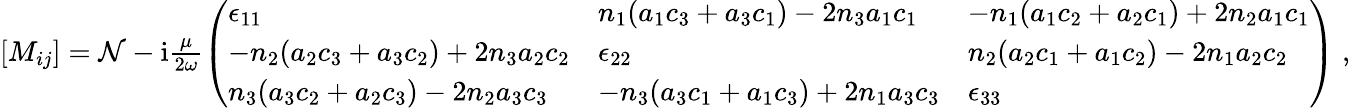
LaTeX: \begin{array}{r}{[M_{ij}]=\mathcal{N}-\mathrm{i}\frac{\mu}{2\omega}\left(\begin{array}{lll}{\epsilon_{11}}&{n_{1}(a_{1}c_{3}+a_{3}c_{1})-2n_{3}a_{1}c_{1}}&{-n_{1}(a_{1}c_{2}+a_{2}c_{1})+2n_{2}a_{1}c_{1}}\\ {-n_{2}(a_{2}c_{3}+a_{3}c_{2})+2n_{3}a_{2}c_{2}}&{\epsilon_{22}}&{n_{2}(a_{2}c_{1}+a_{1}c_{2})-2n_{1}a_{2}c_{2}}\\ {n_{3}(a_{3}c_{2}+a_{2}c_{3})-2n_{2}a_{3}c_{3}}&{-n_{3}(a_{3}c_{1}+a_{1}c_{3})+2n_{1}a_{3}c_{3}}&{\epsilon_{33}}\end{array}\right)\; ,}\end{array}